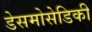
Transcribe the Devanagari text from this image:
डेसमोसेडिकी